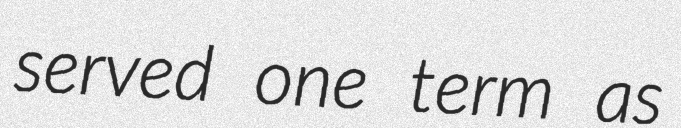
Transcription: served one term as